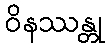
ဝိနဿန္တု